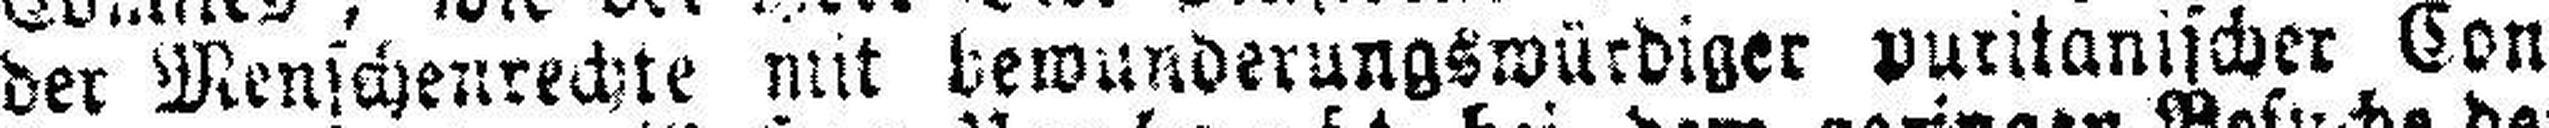
der Menschenrechte mit bewunderungswürdiger puritanischer Con¬